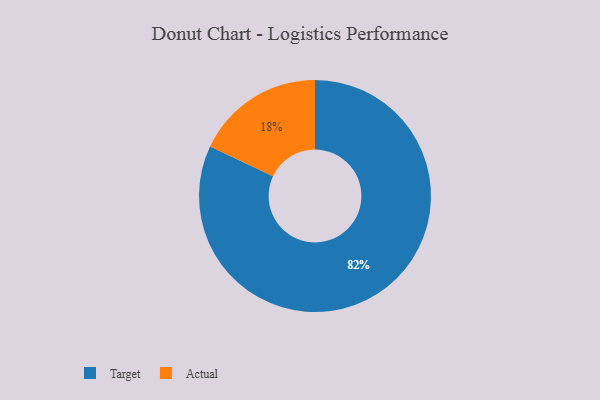
{"axis": {"x": "Category", "y": "Percentage"}, "legend": ["Actual", "Target"], "data": [{"x": "Actual", "y": 18, "type": "Actual"}, {"x": "Target", "y": 82, "type": "Target"}]}